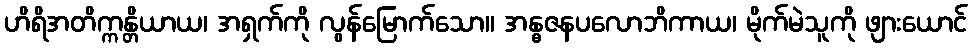
ဟိရိအတိက္ကန္တိယာယ၊ အရှက်ကို လွန်မြောက်သော။ အန္ဓဇနပလောဘိကာယ၊ မိုက်မဲသူကို ဖျားယောင်